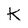
Character: K